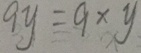
9 y = 9 \times y